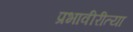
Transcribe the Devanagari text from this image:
प्रभावीरीत्या